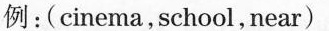
例:(cinema,school,near)